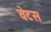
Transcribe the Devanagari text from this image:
वेटस